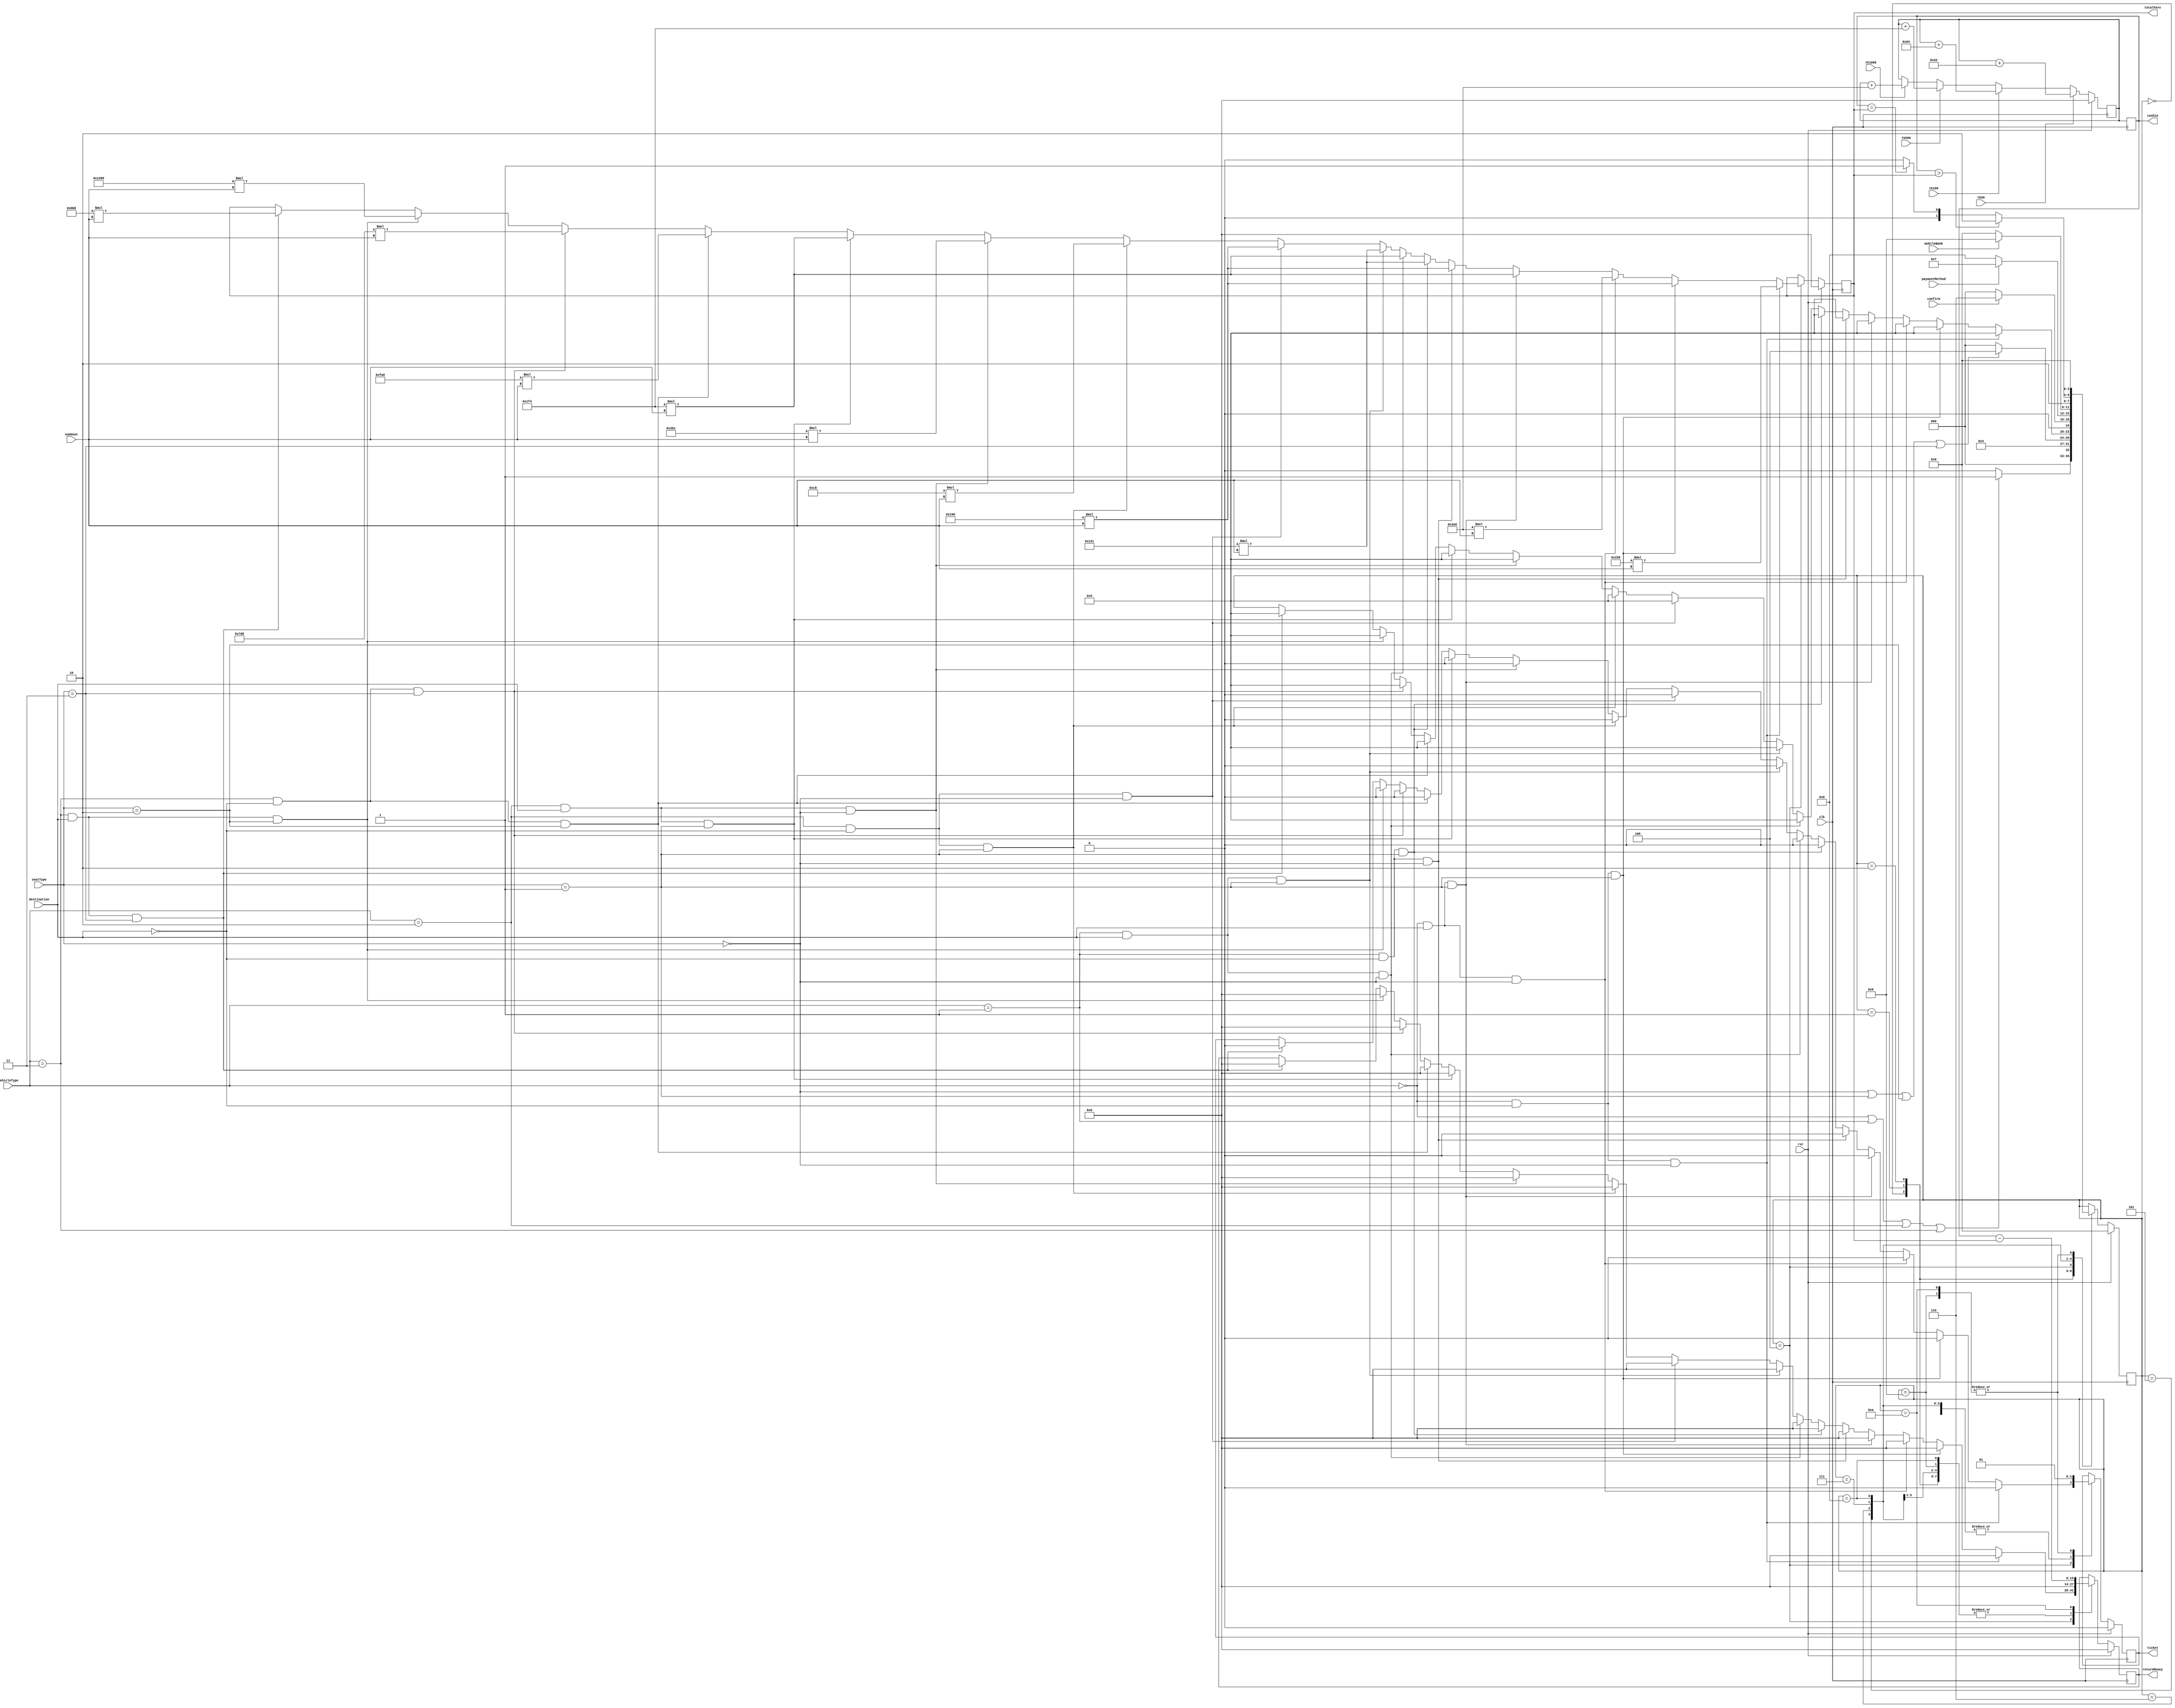

module ITVM(clk,rst,vehicleType,destination,seatType,numSeat,confirm,paymentMethod,mobileBank,tk50,tk100,tk500,tk1000,cashin,ticket,totalFare, returnMoney);
input clk, rst;
input [1:0]vehicleType; //2'b00= Bus,2'b01= Ship, 2'b10=Train, 2'b11=Aeroplane;
input destination;//1'b0=Sylhet, 1'b1= CoxBazar;
input [1:0]seatType; // Ac=2'b00, Non CA=2'b01, Business class=2'b10,economy = 2'b11; 
input [11:0]numSeat;
input confirm;
input paymentMethod;// MObileBank=1'b1,Cash=1'b1;
input mobileBank; // Done=1'b1 or Not Done=1'b0;
input tk50; //
input tk100; //
input tk500; //
input tk1000;
output reg [13:0]cashin;
output reg ticket;
output reg [13:0]returnMoney;
output reg [13:0] totalFare;
reg [13:0] noteCounter;
reg [3:0]state;


//fare set
parameter Bus_Ac_Sylhet = 600;
parameter Bus_NonAc_Cox = 500;
parameter Train_Ac_Sylhet = 400;
parameter Train_NonAc_Cox = 500;
parameter Ship_Ac_Sylhet = 400 ;
parameter Ship_NonAc_Cox = 300;
parameter Aero_Busi_Sylhet = 4000;
parameter Aero_Eco_Cox = 3000;
parameter Bus_NonAc_Sylhet = 400;
parameter Bus_Ac_Cox = 1000;
parameter Train_NonAc_Sylhet = 200;
parameter Train_Ac_Cox = 700;
parameter Ship_NonAc_Sylhet = 300;
parameter Ship_Ac_Cox = 500;
parameter Aero_Eco_Sylhet = 2000;
parameter Aero_Busi_Cox = 5000;

//states
localparam 
Start= 4'd0,
chooseVehicle= 4'd1, 
chooseDestination= 4'd2, 
chooseSeatType= 4'd3,
calculation = 4'd4,
confirmation= 4'd5,
choosePayment= 4'd6,
mobilebaking= 4'd7,
cashcount=4'd8,
ticketOut=4'd9,
returnticket=4'd10;

//cashcounter
always @(posedge clk )
begin
if(rst)
begin cashin<=0;
noteCounter<=0;end
else
begin
if(tk50) begin noteCounter<=noteCounter+50; end
else if(tk100) begin noteCounter<=noteCounter+100;end
else if(tk500) begin noteCounter<=noteCounter+500;end
else if(tk1000) begin noteCounter<=noteCounter+1000;end
else  begin noteCounter<=noteCounter;end

end
cashin<=noteCounter;
end





always @(posedge clk )
begin
if( rst==1'b1)
begin
state<= Start;
ticket<=1'b0;
returnMoney<=11'b0;
totalFare<=0;
end
else
begin
case(state)
Start: 
 begin
 state<=((vehicleType==2'b00 ||vehicleType==2'b01|| vehicleType==2'b10||vehicleType==2'b11))?chooseVehicle:Start;
 ticket<=1'b0;
 returnMoney<=11'b0;

 end
 chooseVehicle:
 begin
 state<=((destination==1'b0 ||destination==1'b1 ))?chooseDestination:Start;
 ticket<=1'b0;
  returnMoney<=11'b0;
  end
  chooseDestination:
  begin
  state<=((seatType==2'b00 ||seatType==2'b01|| seatType==2'b10||seatType==2'b11))?calculation:Start;
 ticket<=1'b0;
 returnMoney<=11'b0;
  end
  calculation:
 begin
if(vehicleType==2'b00 && destination==1'b0 && seatType==2'b00)
begin
totalFare<=Bus_Ac_Sylhet*numSeat;
ticket<=1'b0;
returnMoney<=11'b0;
state<=confirmation;
end
else if(vehicleType==2'b00 && destination==1'b0 && seatType==2'b01)
begin
totalFare<=Bus_NonAc_Sylhet*numSeat;
ticket<=1'b0;
returnMoney<=11'b0;
state<=confirmation;
end
else if(vehicleType==2'b00 && destination==1'b1 && seatType==2'b00)
begin
totalFare<=Bus_Ac_Cox*numSeat;
ticket<=1'b0;
returnMoney<=11'b0;
state<=confirmation;
end
else if(vehicleType==2'b00 && destination==1'b1 && seatType==2'b01)
begin
totalFare<=Bus_NonAc_Cox*numSeat;
ticket<=1'b0;
returnMoney<=11'b0;
state<=confirmation;
end
else if(vehicleType==2'b01 && destination==1'b0 && seatType==2'b00)
begin
totalFare<=Ship_Ac_Sylhet*numSeat;
ticket<=1'b0;
returnMoney<=11'b0;
state<=confirmation;
end
else if(vehicleType==2'b01 && destination==1'b0 && seatType==2'b01)
begin
totalFare<=Ship_NonAc_Sylhet*numSeat;
ticket<=1'b0;
returnMoney<=11'b0;
state<=confirmation;
end
else if(vehicleType==2'b01 && destination==1'b1 && seatType==2'b00)
begin
totalFare<=Ship_Ac_Cox*numSeat;
ticket<=1'b0;
returnMoney<=11'b0;
state<=confirmation;
end
else if(vehicleType==2'b01 && destination==1'b1 && seatType==2'b01)
begin
totalFare<=Ship_NonAc_Cox*numSeat;
ticket<=1'b0;
returnMoney<=11'b0;
state<=confirmation;
end
else if(vehicleType==2'b10 && destination==1'b0 && seatType==2'b00)
begin
totalFare<=Train_Ac_Sylhet*numSeat;
ticket<=1'b0;
returnMoney<=11'b0;
state<=confirmation;
end
else if(vehicleType==2'b10 && destination==1'b0 && seatType==2'b01)
begin
totalFare<=Train_NonAc_Sylhet*numSeat;
ticket<=1'b0;
returnMoney<=11'b0;
state<=confirmation;
end
else if(vehicleType==2'b10 && destination==1'b1 && seatType==2'b00)
begin
totalFare<=Train_Ac_Cox*numSeat;
ticket<=1'b0;
returnMoney<=11'b0;
state<=confirmation;
end
else if(vehicleType==2'b10 && destination==1'b1 && seatType==2'b01)
begin
totalFare<=Train_NonAc_Cox*numSeat;
ticket<=1'b0;
returnMoney<=11'b0;
state<=confirmation;
end
else if(vehicleType==2'b11 && destination==1'b0 && seatType==2'b10)
begin
totalFare<=Aero_Busi_Sylhet*numSeat;
ticket<=1'b0;
returnMoney<=11'b0;
state<=confirmation;

end
else if(vehicleType==2'b11 && destination==1'b0 && seatType==2'b11)
begin
totalFare<=Aero_Eco_Sylhet*numSeat;
ticket<=1'b0;
returnMoney<=11'b0;
state<=confirmation;
end
else if(vehicleType==2'b11 && destination==1'b1 && seatType==2'b10)
begin
totalFare<=Aero_Busi_Cox*numSeat;
ticket<=1'b0;
returnMoney<=11'b0;
state<=confirmation;
end
else if(vehicleType==2'b11 && destination==1'b1 && seatType==2'b11)
begin
totalFare<=Aero_Eco_Cox*numSeat;
ticket<=1'b0;
returnMoney<=11'b0;
state<=confirmation;
end
end
confirmation:
begin
state<=(confirm==1'b1)?choosePayment:Start;
ticket<=1'b0;
returnMoney<=11'b0;
end
choosePayment:
begin
state<=(paymentMethod==1'b1)?mobilebaking:((paymentMethod==1'b0)?cashcount:Start);
ticket<=1'b0;
returnMoney<=11'b0;
end
mobilebaking:
begin
state<=(mobileBank==1'b1 )?ticketOut:Start;
ticket<=1'b0;
returnMoney<=11'b0;
end
cashcount:
begin
if(cashin>totalFare)begin ticket<=1'b0; returnMoney<=0 ; state<=returnticket; end
else if(cashin==totalFare)begin ticket<=1'b0; returnMoney<=0; state<=ticketOut; end
else begin ticket=1'b0; returnMoney<=0; state<=cashcount ;end
end
ticketOut:
begin
  ticket<=1'b1;
  returnMoney<=0;
  state<=Start;
end
returnticket:
begin
  ticket<=1'b1;
  returnMoney<=cashin-totalFare;
    state<=Start;
    end
endcase
end
end

endmodule